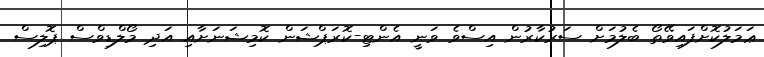
ޢަމަލުކޮށްފައިވޭތޯ ބެލުމަށް ސަރުކާރުން އިސްވެ ވަނީ އެންޓި-ކޮރަޕްޝަން ކޮމިޝަނަށާއި އަދި މޯލްޑިވްސް ޕޮލިސް